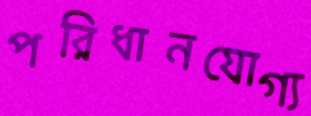
পরিধানযোগ্য